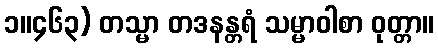
၁။၄၆၃) တသ္မာ တဒနန္တရံ သမ္မာဝါစာ ဝုတ္တာ။